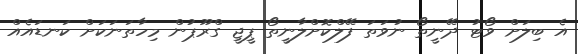
އެ ބިލަށް ވޯޓު ދޭނީތޯ ނުވަތަ ފޭލްކޮށްލާނީތޯ ޕީޖީ ގްރޫޕުން މިހާތަނަކަށް ކަނޑައެއް